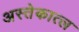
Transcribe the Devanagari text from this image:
अस्तेकात्ल